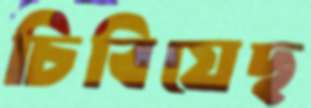
চিবিয়েছ